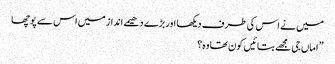
میں نے اس کی طرف دیکھا اور بڑے دھیمے انداز میں اس سے پوچھا
” اماں جی مجھے بتائیں کون تھا وہ؟